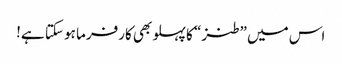
اس میں ”طنز“ کا پہلو بھی کارفرما ہو سکتا ہے!